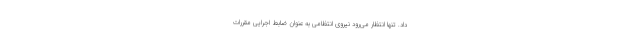
داد. تنها انتظار می‌رود نیروی انتظامی به عنوان ضابط اجرایی مقررات